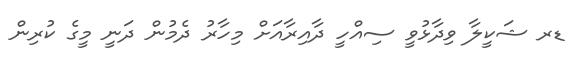
ޑރ ޝަކީލާ ވިދާޅުވީ ސިއްހީ ދާއިރާއަށް މިހާރު ދެމުން ދަނީ މީގެ ކުރިން